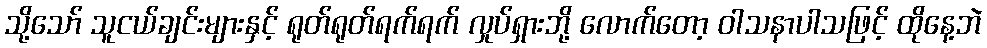
သို့သော် သူငယ်ချင်းများနှင့် ရုတ်ရုတ်ရက်ရက် လှုပ်ရှားဘို့ လောက်တော့ ဝါသနာပါသဖြင့် ထိုနေ့ဘဲ